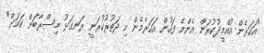
"އަހަރެން އުއްމީދުކުރަން އެންމެ ފަހުން އަހަރެމެން މި ދަތުރުކުރަނީ ރަނގަޅު މިސްރާބަށް ކަމަށް"